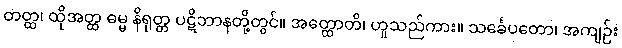
တတ္ထ၊ ထိုအတ္ထ ဓမ္မ နိရုတ္တ ပဋိဘာနတို့တွင်။ အတ္ထောတိ၊ ဟူသည်ကား။ သင်္ခေပတော၊ အကျဉ်း